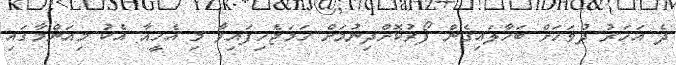
ދެ އަހަރު ދުވަހަށް ބަހާލައިގެން ފޯރުކޮށްދިނުމަށް ހަމަޖެހިފައިވާ މި އެހީއާ އެކު މިއަންމާގައި